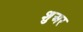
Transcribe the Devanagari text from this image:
शुअर